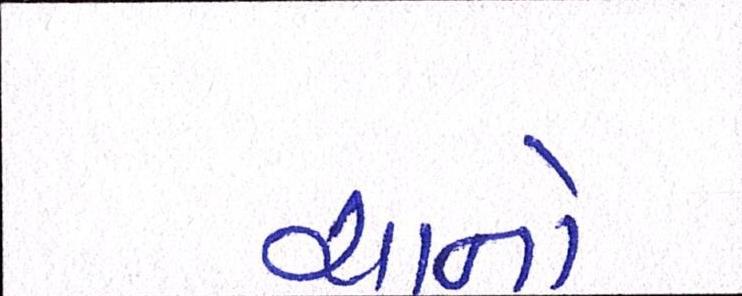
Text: ચાનો